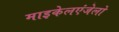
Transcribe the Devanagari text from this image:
माइकेलएंजेलो